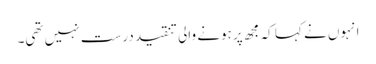
انہوں نے کہا کہ مجھ پر ہونے والی تنقید درست نہیں تھی۔